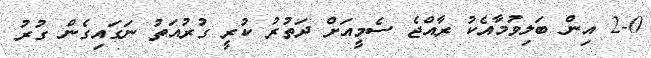
2-0 އިން ބަލިވުމާއެކު ރާއްޖެ ސެމީއަށް ދަތުރު ކުރީ ގުރުއަތު ނަގައިގެން ގުރު